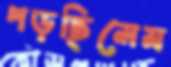
পড়ছিলেম